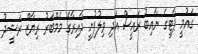
ގައުމީ ޕާޓީގެ ނާއިބު ރައީސް އަދި ވިލުފުށީ ދާއިރާގެ މެމްބަރު ރިޔާޒް ރަޝީދު